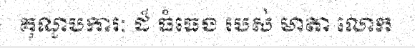
គុណូបការៈ ដ៏ ធំធេង របស់ មាតា លោក